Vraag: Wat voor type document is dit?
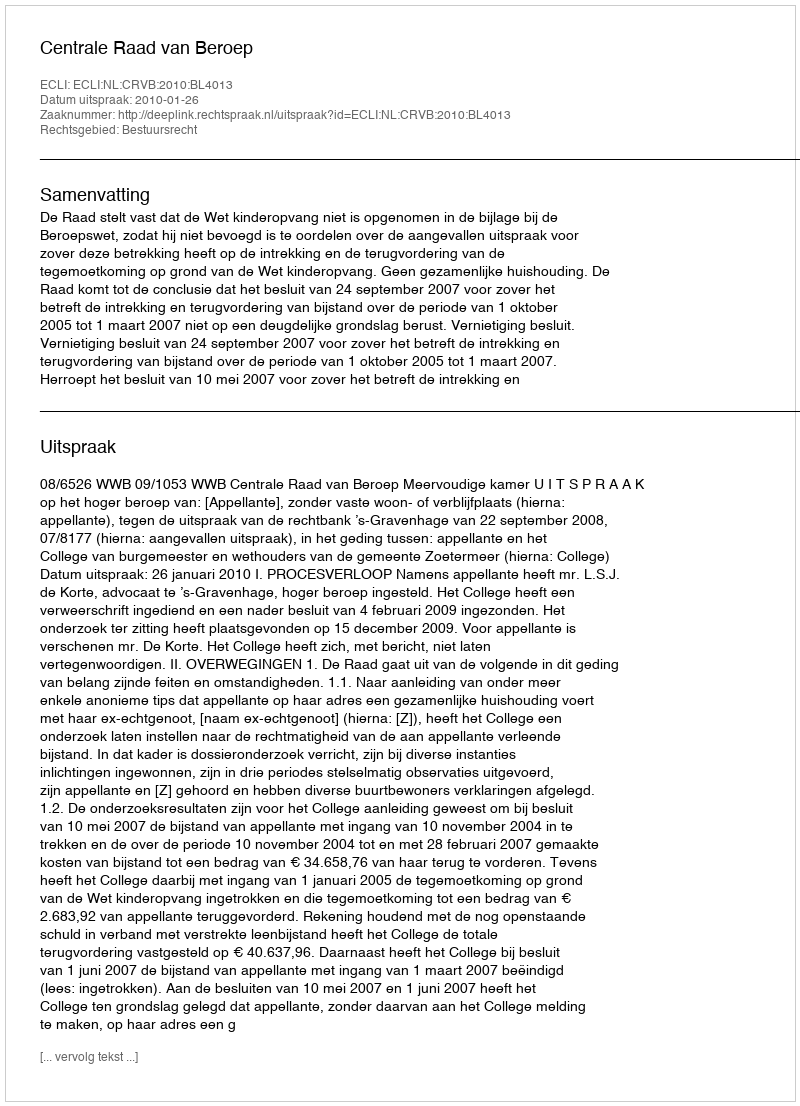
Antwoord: Uitspraak